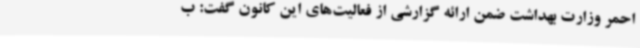
احمر وزارت بهداشت ضمن ارائه گزارشی از فعالیت‌های این کانون گفت: ب